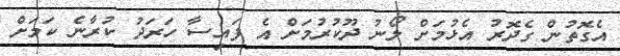
އެގޮތުން ގެދޮރު އެޅުމަށް ލޯނު ދޫކުރުމަށް އެ ފައިސާ ހަރަދު ކުރާނެ ކަމަށް